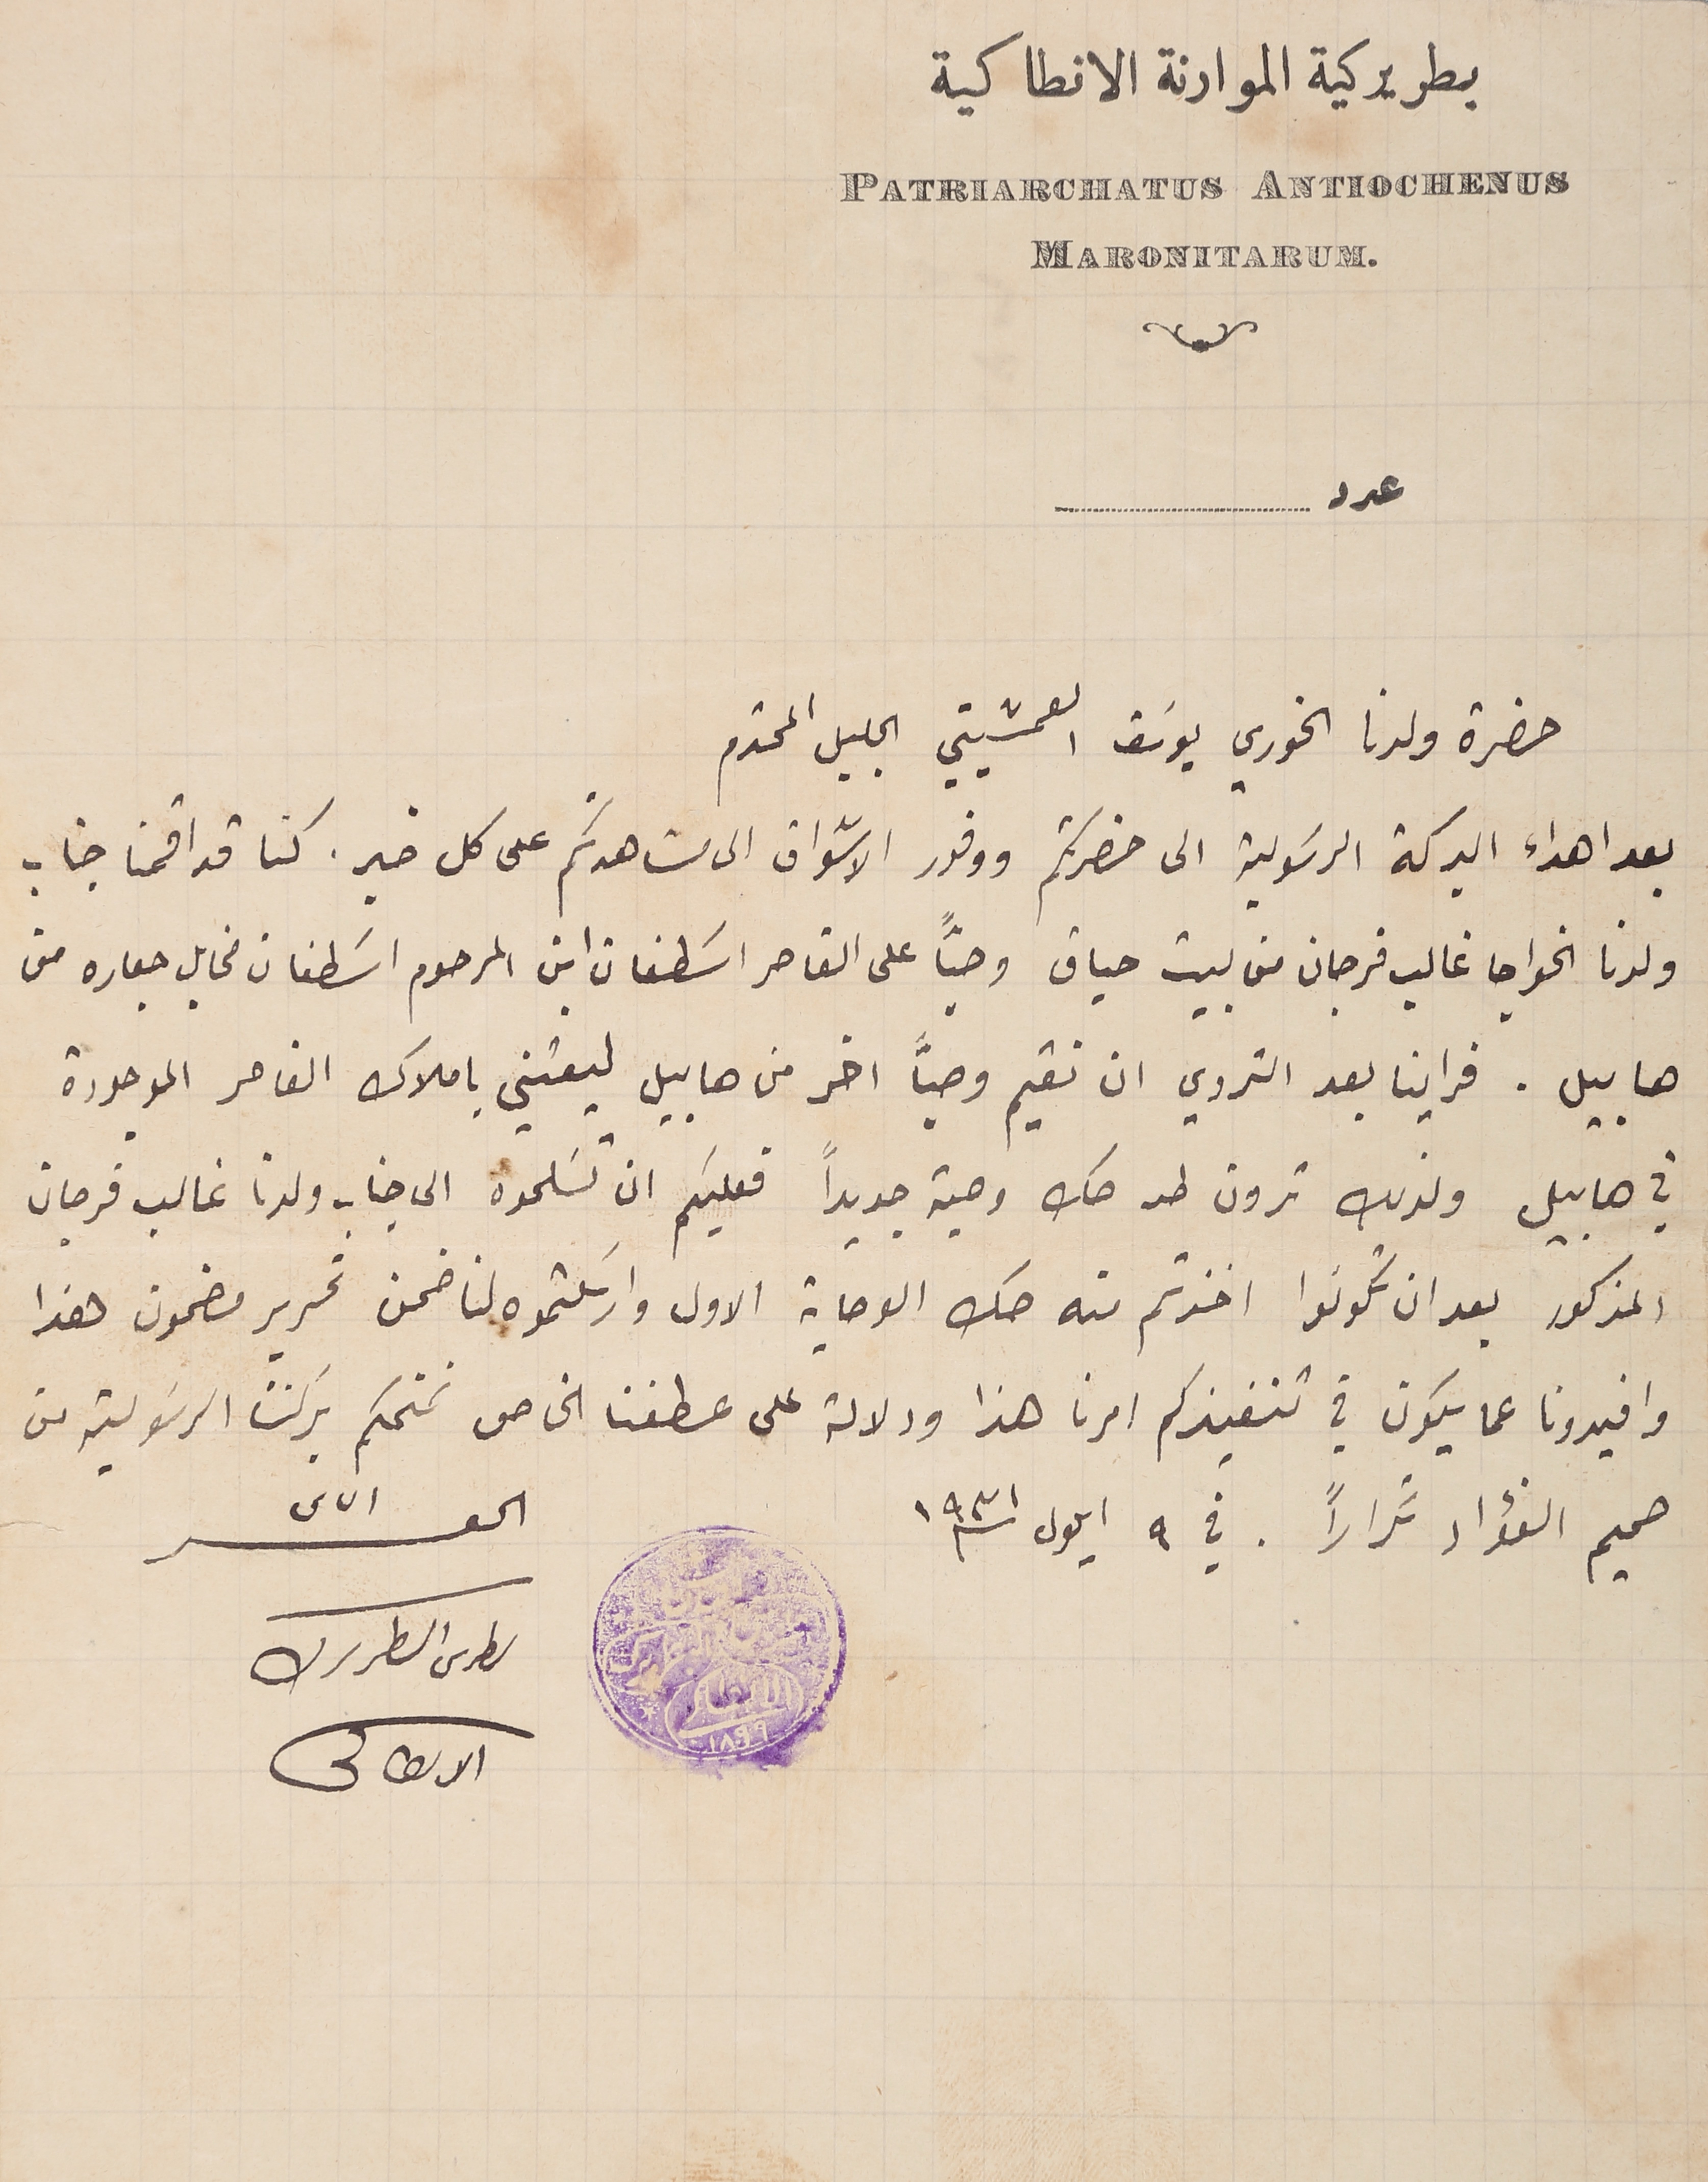
بطريركية الموارنة الانطاكية
عدد

حضرة ولدنا الخوري يوسَف العمشيتي الجليل المحترم
 بعد اهداء البركة الرسَولية الى حضرتكم ووفور الاشواق الى مشاهدتكم على كل خير. كنا قد اقمنا جناب
 ولدنا الخواجا غالب فرجان من بيت حباق وصيًّا على القاصر اسَطفان ابن المرحوم اسَطفان مخايل جعاره من
 هابيل. فراينا بعد التروي ان نقيم وصياً اخر من هابيل ليعتني باملاك القاصر الموجودة
 في هابيل ولذلك ترون طيه صك وصية جديداً فعليكم ان تسَلموه الى جناب ولدنا غالب فرجان
المذكور بعد ان تكونوا اخذتم منه صك الوصاية الاول وارسلتموه لنا ضمن تحرير مضمون هذا
 وافيدونا عما يكون في تنفيذكم امرنا هذا ودلالة على عطفنا الخاص نمنحكم بركتنا الرسَولية من
 صميم الفؤاد تكراراً . في ٩ ايلول سنة ١٩٣١        الحقير الياس
بطرس الىطرىرك
الاىطاكى
PATRIARCHATUS ANTIOCHENUS
MARONITARUM